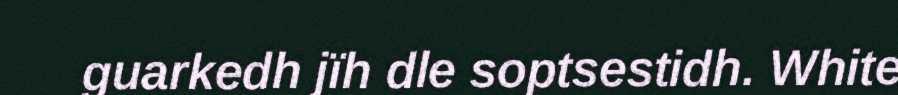
guarkedh jïh dle soptsestidh. White